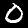
Label: 0